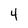
Character: 4